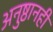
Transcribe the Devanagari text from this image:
अनुष्ठानही